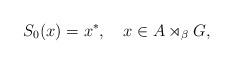
LaTeX: \begin{align*}S_0(x)=x^*,\ \ \ x\in A\rtimes_\beta G,\end{align*}